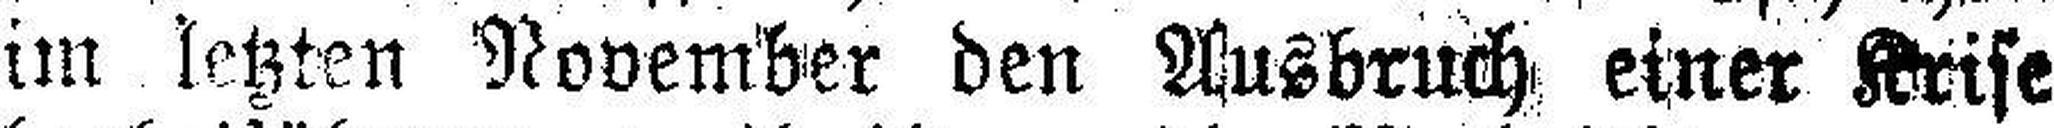
im letzten November den Ausbruch einer Krise